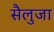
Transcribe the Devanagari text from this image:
सैलुजा